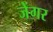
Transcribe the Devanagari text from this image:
जेंगर